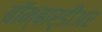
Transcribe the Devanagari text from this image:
बॉम्बार्डीअर